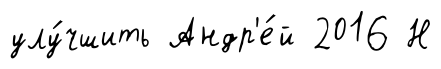
улу́чшить Андр'е́й 2016 Н